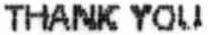
THANK YOU